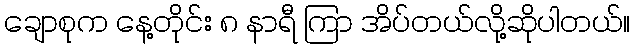
ချောစုက နေ့တိုင်း ၈ နာရီ ကြာ အိပ်တယ်လို့ဆိုပါတယ်။